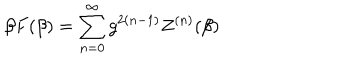
LaTeX: \beta F ( \beta ) = \sum _ { n = 0 } ^ { \infty } g ^ { 2 ( n - 1 ) } Z ^ { ( n ) } ( \beta )